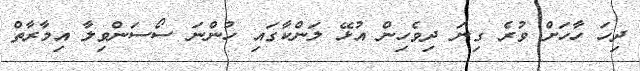
ދިހަ ހާހަށް ވުރެ ގިނަ ދިވެހިން އުޅޭ ލަންކާގައި ހުންނަ ސޯސަންވިލާ އިމާރާތް